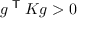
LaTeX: g ^ { \textsf { T } } K g > 0